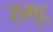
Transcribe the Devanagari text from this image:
समृद्द